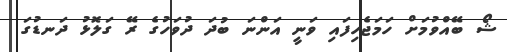
ޝޯ ބޭއްވުމަށް ހަމަޖެހިފައި ވަނީ އަންނަ ބުދަ ދުވަހުގެ ރޭ ގަލޮޅު ދަނޑުގަ